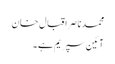
محمدناصراقبال خان
آئین سپریم ہے ۔